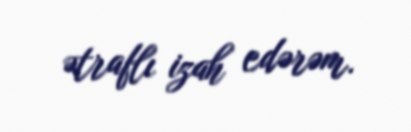
ətraflı izah edərəm.